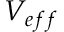
V _ { e f f }